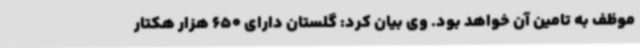
موظف به تامین آن خواهد بود. وی بیان کرد: گلستان دارای 650 هزار هکتار